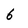
Character: 6